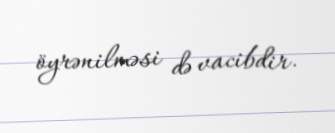
öyrənilməsi də vacibdir.